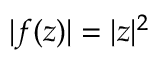
| f ( z ) | = | z | ^ { 2 }